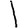
Digit: 1